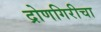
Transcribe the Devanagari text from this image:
द्रोणगिरीचा